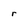
Character: r